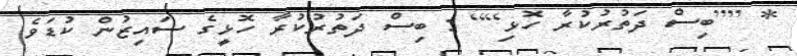
* [[ބިސް ދަތުރުކުރާ ހޮޅި]] : ބިސް ދަތުރުކުރާ ހޮޅީގެ ސައިޒުން ކުޑަވެ